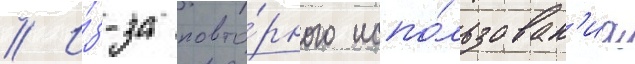
// И́з-за повто́рного испо́льзован'иа